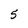
Character: 5